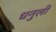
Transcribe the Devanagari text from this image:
धनुली